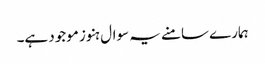
ہمارے سامنے یہ سوال ہنوز موجود ہے۔